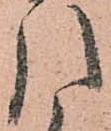
引